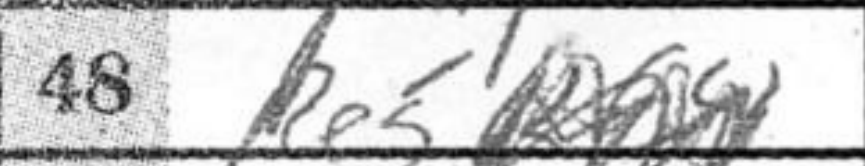
Transcription: Re5